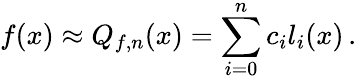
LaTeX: f(x)\approx Q_{f,n}(x)=\sum_{i=0}^{n}c_{i}l_{i}(x)\, .